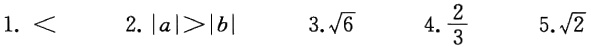
1. $<$
2. $|a|>|b|$
3. $\sqrt{6}$
4. $\frac{2}{3}$
5. $\sqrt{2}$